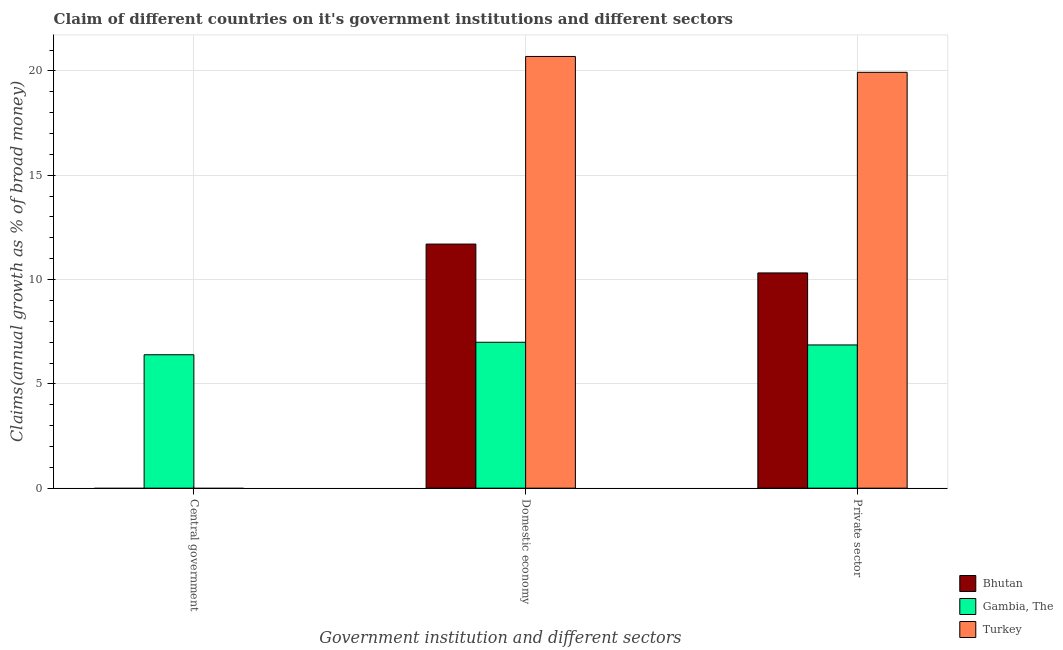
| Government institution and different sectors | Bhutan | Gambia, The | Turkey |
 | --- | --- | --- | --- |
 | Central government | -5.26 | 6.4 | -1.28 |
 | Domestic economy | 11.7 | 6.99 | 20.7 |
 | Private sector | 10.3 | 6.87 | 19.9 |